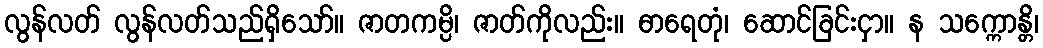
လွန်လတ် လွန်လတ်သည်ရှိသော်။ ဇာတကမ္ပိ၊ ဇာတ်ကိုလည်း။ ဓာရေတုံ၊ ဆောင်ခြင်းငှာ။ န သက္ကောန္တိ၊